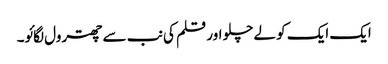
ایک ایک کو لے چلو اور قلم کی نب سے چھترول لگائو۔